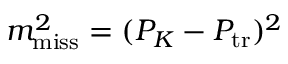
m _ { \mathrm { m i s s } } ^ { 2 } = ( P _ { K } - P _ { \mathrm { t r } } ) ^ { 2 }